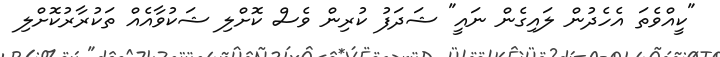
"ކީއްވެތަ އެހެދުން ލައިގެން ނައީ" ޝަދަފު ކުރިން ވެސް ކޮށްލި ޝަކުވާއެއް ތަކުރާރުކޮށްލި